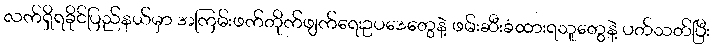
လက်ရှိရခိုင်ပြည်နယ်မှာ အကြမ်းဖက်တိုက်ဖျက်ရေးဥပဒေတွေနဲ့ ဖမ်းဆီးခံထားရသူတွေနဲ့ ပတ်သတ်ပြီး